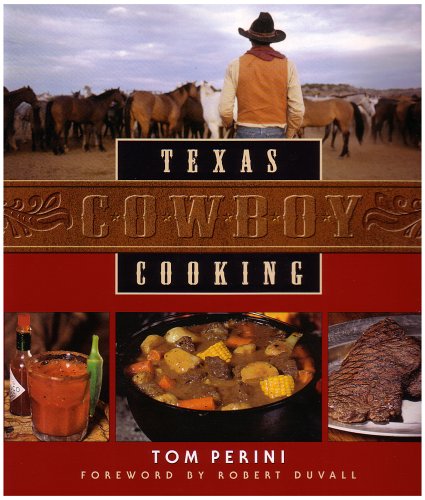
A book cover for Texas Cowboy Cooking; Tom Perini; Cookbooks, Food & Wine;